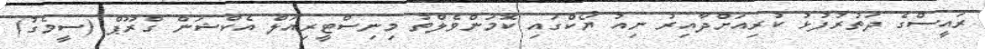
ރައީސްގެ ދަތުރުފުޅު ކުރިއަށްދާއިރު ނިއު ޔޯކްގައި ކޮމަންވެލްތު މިނިސްޓީރިއަލް އެކްޝަން ގްރޫޕް (ސީމެގު)